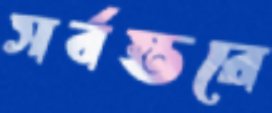
সর্বস্তরে